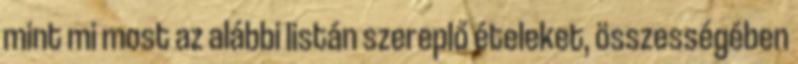
mint mi most az alábbi listán szereplő ételeket, összességében